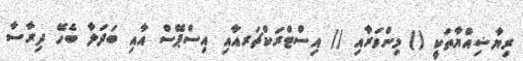
ރިޔާޟިއްޔާތަކީ () މިންވަރާއި () އިސްޓްރަކްޗަރއާއި އިސްޕޭސް އާއި ބަދަލާ ބެހޭ ދިރާސާ